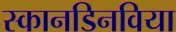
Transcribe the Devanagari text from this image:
स्कानडिनविया